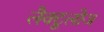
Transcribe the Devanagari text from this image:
लैक्टूलोज